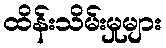
ထိန်းသိမ်းမှုများ